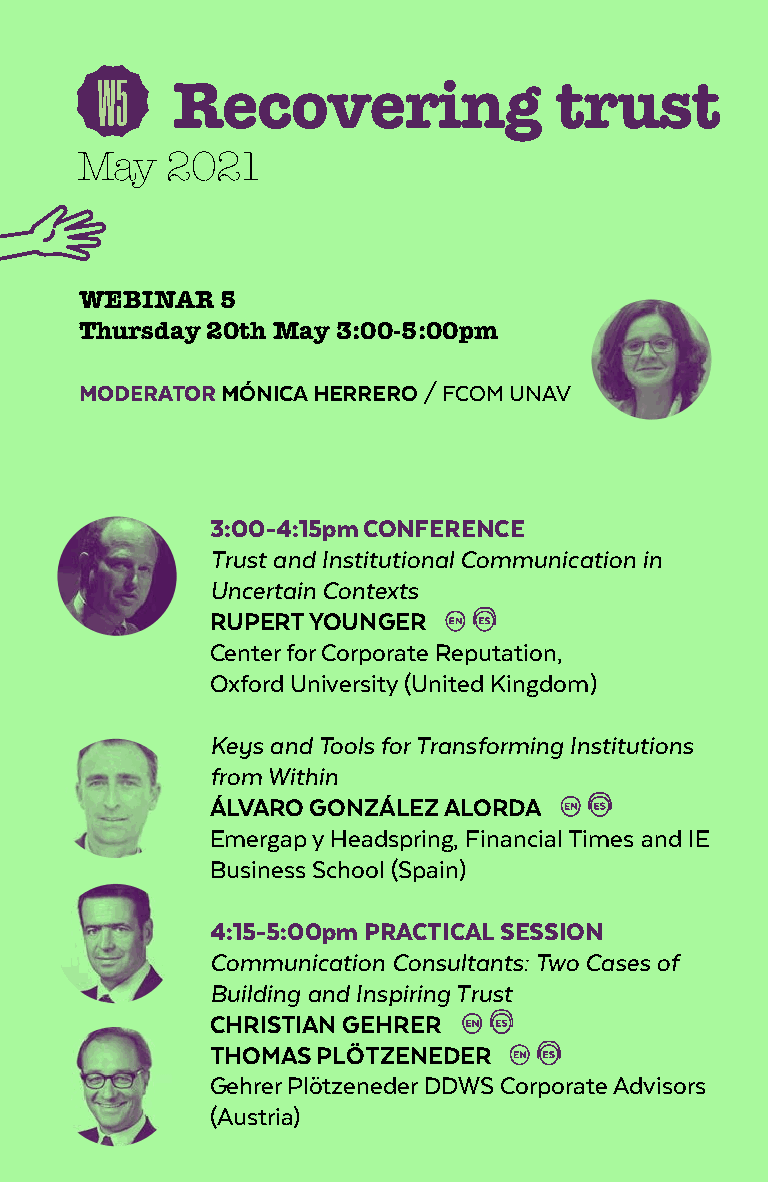
W5
 recovering                trust
 May   2021
 Webinar   5
 thursday 20th may 3:00-5:00pm
 MoDerATor mÓnica herrero / FCOM UNAV
 3:00-4:15pm ConferenCe
 Trust and Institutional Communication in
 Uncertain Contexts
 ruPert younGer
 Center for Corporate Reputation,
 Oxford University (United Kingdom)
 Keys and Tools for Transforming Institutions
 from Within
 ÁlVaro GonZÁleZ alorDa
 Emergap y Headspring, Financial Times and IE
 Business School (Spain)
 4:15-5:00pm PrACTICAL SeSSIon
 Communication Consultants: Two Cases of
 Building and Inspiring Trust
 chriStian Gehrer
 thomaS PlötZeneDer
 Gehrer Plötzeneder DDWS Corporate Advisors
 (Austria)